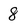
Character: 8